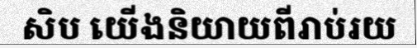
សិប យើងនិយាយពីរាប់រយ